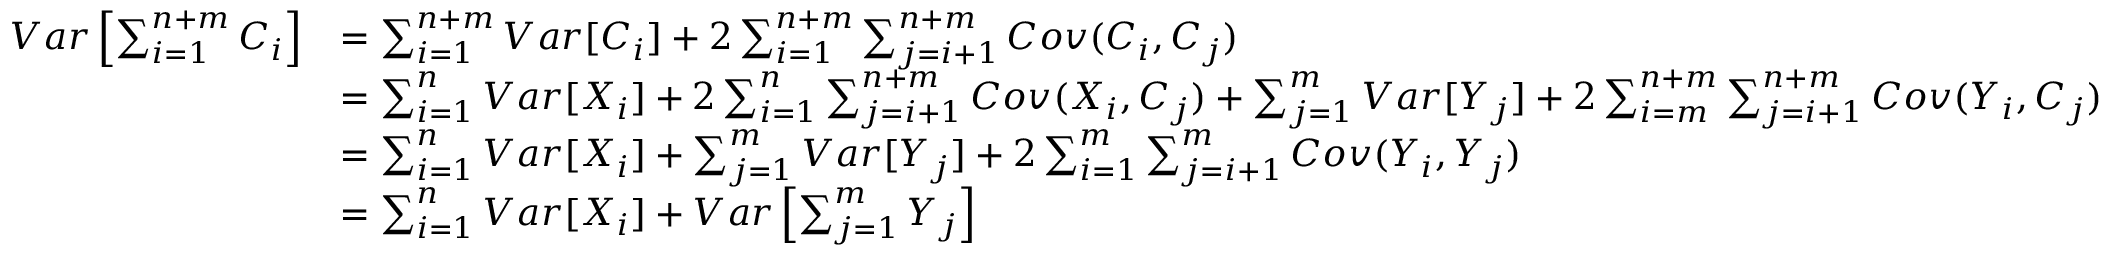
\begin{array} { r l } { V a r \left[ \sum _ { i = 1 } ^ { n + m } C _ { i } \right] } & { = \sum _ { i = 1 } ^ { n + m } V a r [ C _ { i } ] + 2 \sum _ { i = 1 } ^ { n + m } \sum _ { j = i + 1 } ^ { n + m } C o v ( C _ { i } , C _ { j } ) } \\ & { = \sum _ { i = 1 } ^ { n } V a r [ X _ { i } ] + 2 \sum _ { i = 1 } ^ { n } \sum _ { j = i + 1 } ^ { n + m } C o v ( X _ { i } , C _ { j } ) + \sum _ { j = 1 } ^ { m } V a r [ Y _ { j } ] + 2 \sum _ { i = m } ^ { n + m } \sum _ { j = i + 1 } ^ { n + m } C o v ( Y _ { i } , C _ { j } ) } \\ & { = \sum _ { i = 1 } ^ { n } V a r [ X _ { i } ] + \sum _ { j = 1 } ^ { m } V a r [ Y _ { j } ] + 2 \sum _ { i = 1 } ^ { m } \sum _ { j = i + 1 } ^ { m } C o v ( Y _ { i } , Y _ { j } ) } \\ & { = \sum _ { i = 1 } ^ { n } V a r [ X _ { i } ] + V a r \left[ \sum _ { j = 1 } ^ { m } Y _ { j } \right] } \end{array}